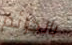
بالجرائم